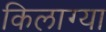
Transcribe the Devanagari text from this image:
किलाग्या